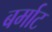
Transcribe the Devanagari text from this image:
बर्माट